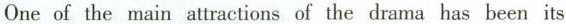
One of the main attractions of the drama has been its